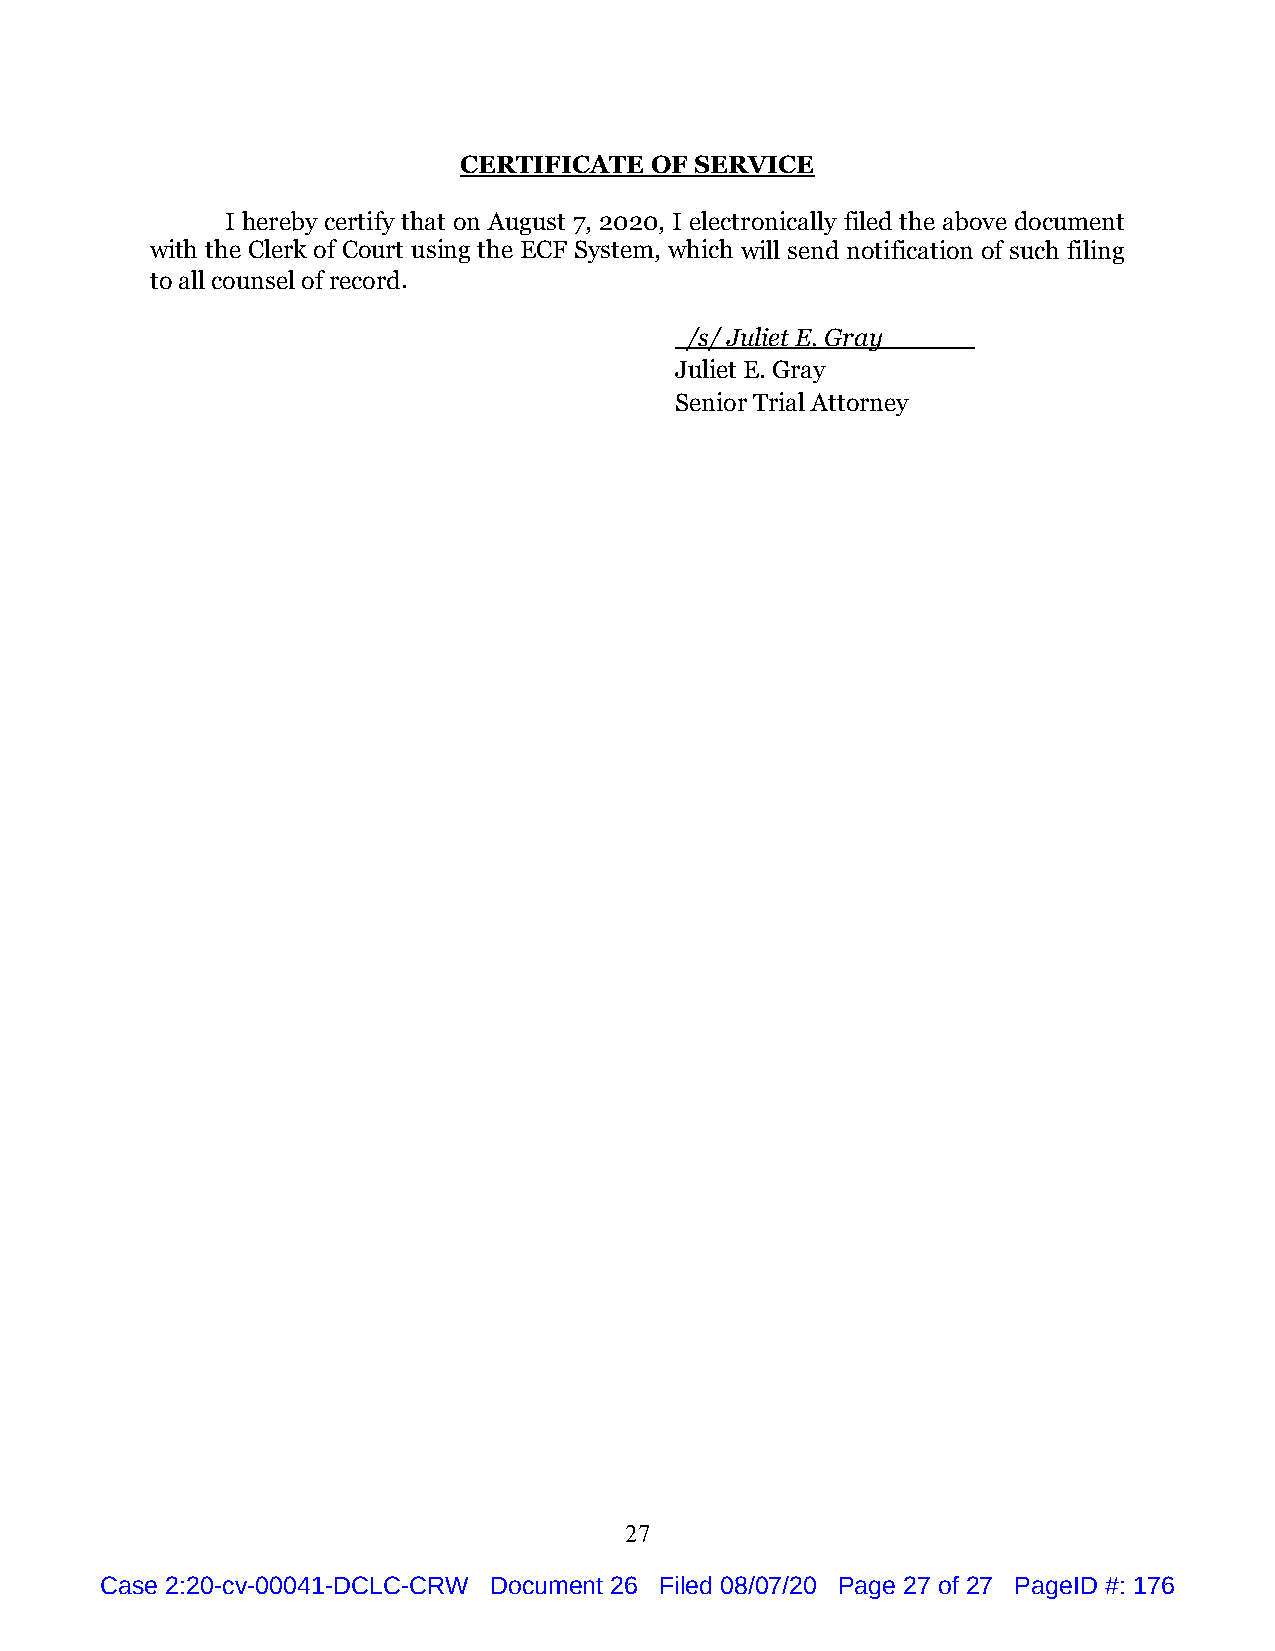
CERTIFICATE  OF SERVICE
 I hereby certify that on August 7, 2020, I electronically filed the above document
 with the Clerk of Court using the ECF System, which will send notification of such filing
 to all counsel of record.
 /s/ Juliet E. Gray
 Juliet E. Gray
 Senior Trial Attorney
 27
 Case 2:20-cv-00041-DCLC-CRW Document 26 Filed 08/07/20 Page 27 of 27 PageID #: 176